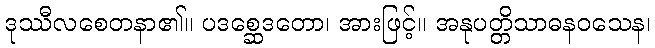
ဒုဿီလစေတနာ၏။ ပဒစ္ဆေဒတော၊ အားဖြင့်။ အနုပတ္တိသာဓနဝသေန၊